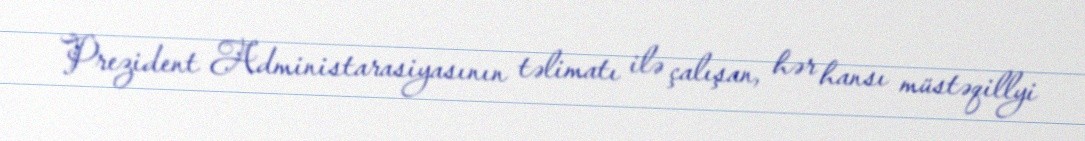
Prezident Administarasiyasının təlimatı ilə çalışan, hər hansı müstəqillyi